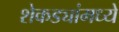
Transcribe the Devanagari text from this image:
शेकड्यांमध्ये